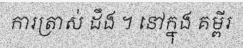
ការត្រាស់ ដឹង ។ នៅក្នុង គម្ពីរ